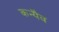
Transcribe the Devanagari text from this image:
कन्यैव